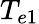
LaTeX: T_{e1}